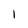
Character: I